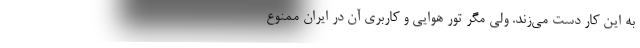
به اين كار دست مي‌زند. ولي مگر تور هوايي و كاربري آن در ايران ممنوع